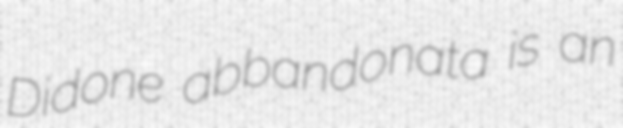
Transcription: Didone abbandonata is an